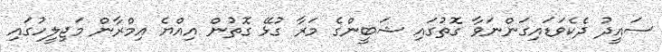
ސައީދު ދެކެވަޑައިގަންނަވާ ގޮތުގައި ޝަބީންގެ މަރާ ގުޅޭ ގޮތުން އިއްޔެ އިމްރާން މަޖިލީހުގައި